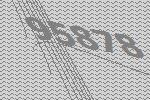
95878